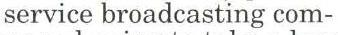
service broadcasting com-